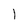
Character: l